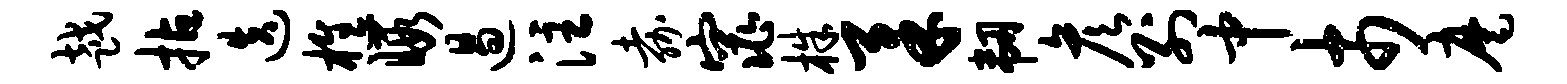
越拈迭樵暇遏注嘉窕株柔韧彦别中市麾